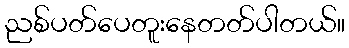
ညစ်ပတ်ပေတူးနေတတ်ပါတယ်။